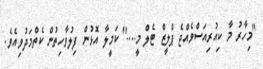
"މިހާރު މާ ކިއުރިއަސްވެއްޖެ ޕްލީޒް ޓެލް މީ...." ކަމީލާ އޮޅުން ފިލުވާހިތުން ކެތްމަދުވިއެވެ.